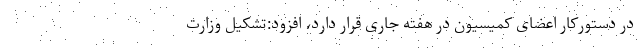
در دستورکار اعضای کمیسیون در هفته جاری قرار دارد، افزود:تشکیل وزارت